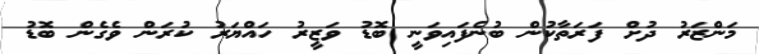
މަންޒަރު ދުށް ފަރަތާކުން ބުނެފައިވަނީ ބޮޑު ވަޒީރު ހައްޔަރު ކުރަން ވެގެން ބޮޑު